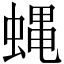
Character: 蝿